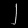
Digit: ၂